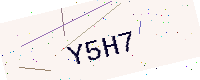
Text: Y5H7